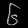
Digit: ၆